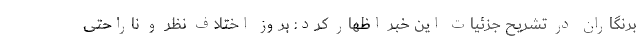
برنگاران در تشریح جزئیات این خبر اظهار کرد: بروز اختلاف نظر و ناراحتی